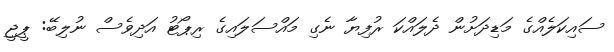
ސައިކަލެއްގެ މަޑިދަށުން ދެލައްކަ ރުފިޔާ ނެގި މައްސަލައިގެ ރިޕޯޓު އަދިވެސް ނުލިބޭ: ޕީޖީ